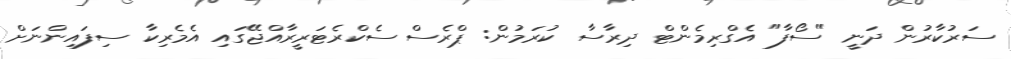
ސަރުކާރުން ދަނީ "ސޯފާ" އެގްރިމެންޓް ދިރާސާ ކުރަމުން: ޕްރެސް ސެކްރެޓަރީރާއްޖޭގައި އެމެރިކާ ސިފައިންނަށް